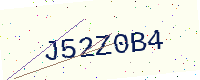
Text: J52Z0B4